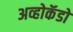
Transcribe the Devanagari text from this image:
अव्होकॅडो